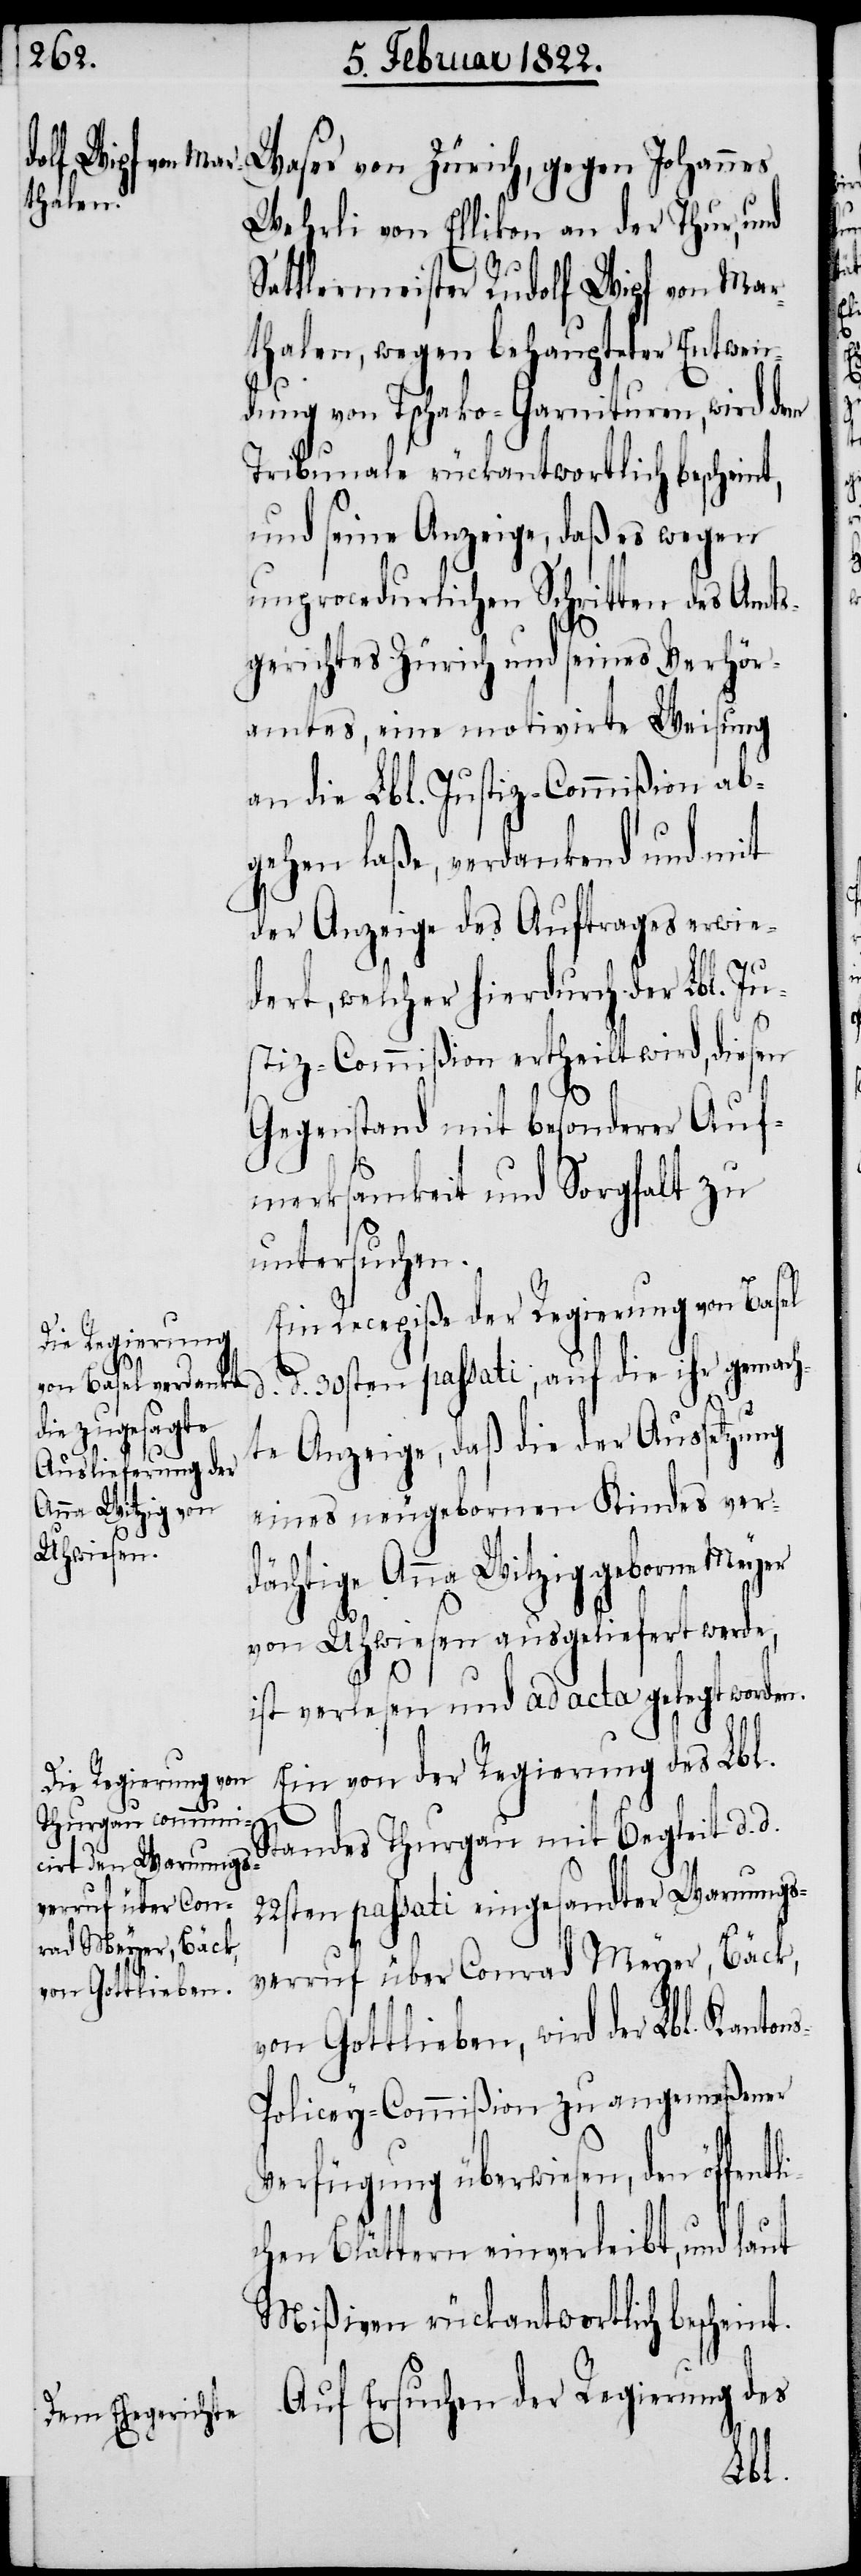
Lbl. Kantons-P¬
von Gottlieben,

Waser von Zürich, gegen Johannes
Wehrli von Ellikon an der Thur, und
Sattlermeister Rudolf Wipf von Mar¬
thalen, wegen behaupteter Entwen¬
dung von Tschako-Garnituren, wird dem
Tribunale rückantwortlich bescheint,
und seine Anzeige, daß es wegen
unprocedurlichen Schritten des Amts¬
gerichtes Zürich und seines Verhör¬
amtes, eine motivirte Weisung
an die Lbl. Justiz-Commißion ab¬
gehen laße, verdankend und mit
der Anzeige des Auftrages erwie¬
d.
dert, welcher hierdurch der Lbl. Ju¬
stiz-Commißion ertheilt wird, diesen
Gegenstand mit besonderer Auf¬
merksamkeit und Sorgfalt zu
untersuchen.
Ein Recepiße der Regierung von Basel
d. 30sten passati, auf die ihr gemach¬
te Anzeige, daß die der Aussetzung
eines neugebornen Kindes ver¬
dächtige Anna Witzig geborne Meyer
von Uhwiesen ausgeliefert werde,
ist verlesen und ad acta gelegt worden.
Ein von der Regierung des Lbl.
Standes Thurgau mit Begleit d. d.
22sten passati eingesandter Warnungs¬
verruf über Conrad Meyer, Bäck,
olicey-Commißion zu angemeßener
Verfügung überwiesen, den öffe¬
chen Blättern einverleibt, und laut
Mißiven rückantwortlich bescheint.
Auf Ersuchen der Regierung des
ntli¬